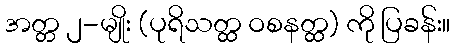
အတ္တ ၂-မျိုး (ပုရိသတ္ထ ဝစနတ္ထ) ကို ပြခန်း။